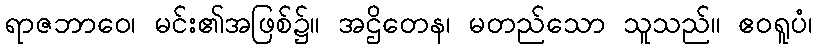
ရာဇဘာဝေ၊ မင်း၏အဖြစ်၌။ အဌိတေန၊ မတည်သော သူသည်။ ဧဝရူပံ၊